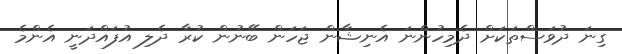
ގިނަ ދުވަސްތަކަށް ދެމިހުންނަ އެނިޝާން ޖަހަން ބޭނުން ކުރާ ދެލި އުފައްދަނީ އެންމެ